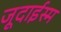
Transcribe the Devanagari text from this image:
जूदाईस्म